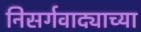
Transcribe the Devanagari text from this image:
निसर्गवाद्याच्या